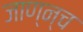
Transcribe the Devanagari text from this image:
जाण्न्च